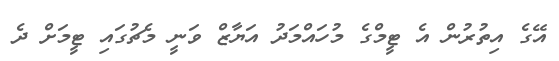
އޭގެ އިތުރުން އެ ޓީމްގެ މުހައްމަދު އަޔާޒް ވަނީ މެޗުގައި ޓީމަށް ދެ